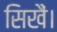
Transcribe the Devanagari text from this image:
सिखैं।